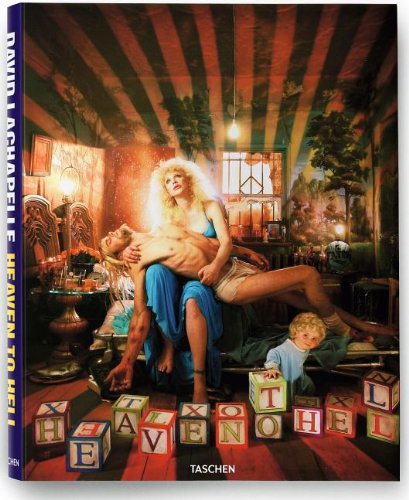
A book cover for LaChapelle: Heaven to Hell; Arts & Photography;